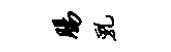
肠乳